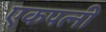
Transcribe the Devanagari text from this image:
एकपत्नी